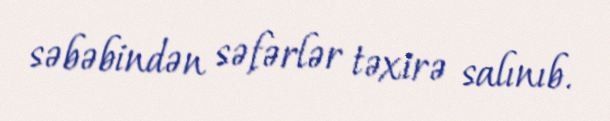
səbəbindən səfərlər təxirə salınıb.